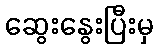
ဆွေးနွေးပြီးမှ